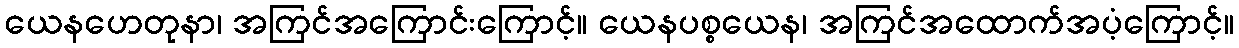
ယေနဟေတုနာ၊ အကြင်အကြောင်းကြောင့်။ ယေနပစ္စယေန၊ အကြင်အထောက်အပံ့ကြောင့်။